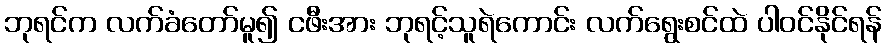
ဘုရင်က လက်ခံတော်မူ၍ ငဖီးအား ဘုရင့်သူရဲကောင်း လက်ရွေးစင်ထဲ ပါဝင်နိုင်ရန်